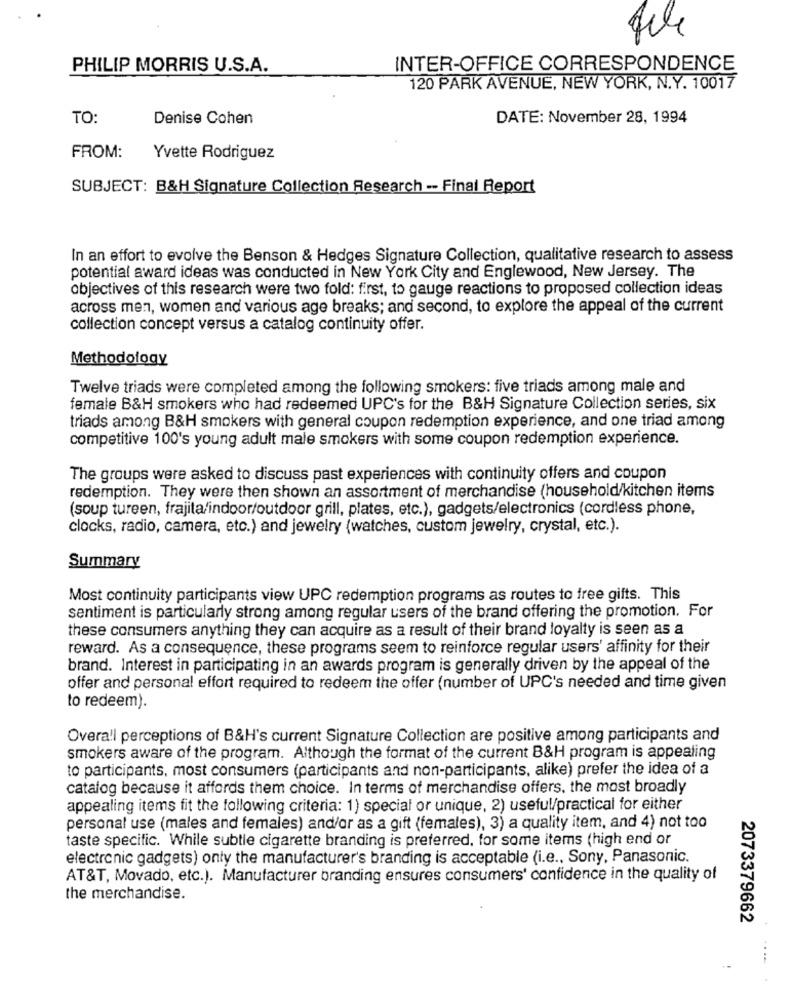
PHILIP MORRIS U.S.A.
INTER-OFFICE CORRESPONDENCE
120 PARK AVENUE, NEW YORK, N.Y. 10017
TO:
Denise Cohen
DATE: November 28, 1994
FROM:
Yvette Rodriguez
SUBJECT: B&H Signature Collection Research -- Final Report
In an effort to evolve the Benson & Hedges Signature Collection, qualitative research to assess
potential award ideas was conducted in New York City and Englewood, New Jersey. The
objectives of this research were two fold: first, to gauge reactions to proposed collection ideas
across men, women and various age breaks; and second, to explore the appeal of the current
collection concept versus a catalog continuity offer.
Methodology
Twelve triads were completed among the following smokers: five triads among male and
female B&H smokers who had redeemed UPC's for the B&H Signature Collection series, six
triads among B&H smokers with general coupon redemption experience, and one triad among
competitive 100's young adult male smokers with some coupon redemption experience.
The groups were asked to discuss past experiences with continuity offers and coupon
redemption. They were then shown an assortment of merchandise (household/kitchen items
(soup tureen, frajita/indoor/outdoor grill, plates, etc.), gadgets/electronics (cordless phone,
clocks, radio, camera, etc.) and jewelry (watches, custom jewelry, crystal, etc.).
Summary
Most continuity participants view UPC redemption programs as routes to free gifts. This
sentiment is particularly strong among regular users of the brand offering the promotion. For
these consumers anything they can acquire as a result of their brand loyalty is seen as a
reward. As a consequence, these programs seem to reinforce regular users' affinity for their
brand. Interest in participating in an awards program is generally driven by the appeal of the
offer and personal effort required to redeem the offer (number of UPC's needed and time given
to redeem).
Overall perceptions of B&H's current Signature Collection are positive among participants and
smokers aware of the program. Although the format of the current B&H program is appealing
to participants, most consumers (participants and non-participants, alike) prefer the idea of a
catalog because it affords them choice. In terms of merchandise offers, the most broadly
appealing items fit the following criteria: 1) special or unique, 2) useful/practical for either
personal use (males and females) and/or as a gift (females), 3) a quality item, and 4) not too
taste specific. While subtle cigarette branding is preferred, for some items (high end or
electronic gadgets) only the manufacturer's branding is acceptable (i.e ., Sony, Panasonic.
AT&T, Movado, etc.). Manufacturer branding ensures consumers' confidence in the quality of
the merchandise.
2073379662